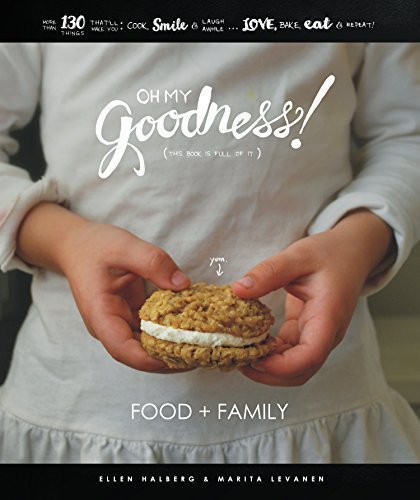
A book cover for Oh My Goodness!: Food + Family: 130 Reasons For You To Cook, Smile and Laugh Awhile! Hand Lettered Frame-able Quotes, Illustrations, Quick & Easy Dishes!; Ellen Halberg; Humor & Entertainment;